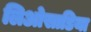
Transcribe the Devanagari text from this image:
लिओसाडिया